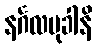
နင်္ဂလမုခါနိ